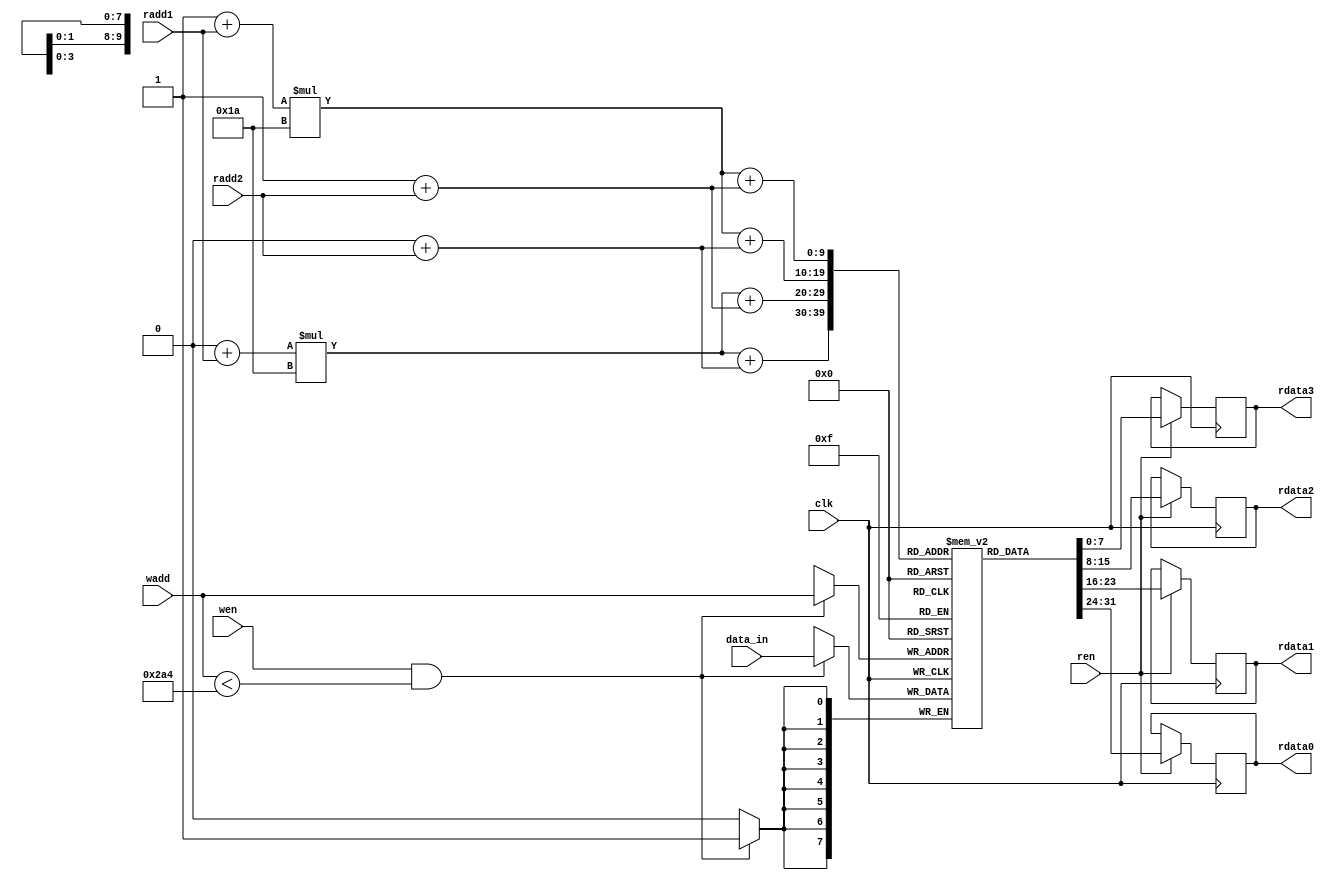
`timescale 1ns / 1ps
//////////////////////////////////////////////////////////////////////////////////
// Company: 
// Engineer: 
// 
// Design Name: 
// Module Name: memory_rstl_conv_3
// Project Name: 
// Target Devices: 
// Tool Versions: 
// Description: 
// 
// Dependencies: 
// 
// Revision:
// Revision 0.01 - File Created
// Additional Comments:
// 
//////////////////////////////////////////////////////////////////////////////////


module memory_rstl_conv_3
#(
    //memory_rstl_conv
    parameter n_c = 5'd26,  //number of column matrix image 
    parameter n_r = 5'd26,  //number of rows matrix image 
    parameter dataWidthImg= 16,
    parameter numWeightRstlConv = 676,
    parameter addressWidthRstlConv = 10, 
    parameter dataWidthRstlConv = 8
)
( 
    input clk,
    input wen,
    input ren,
    input [addressWidthRstlConv-1:0] wadd,
    input [addressWidthRstlConv-1:0] radd1,
    input [addressWidthRstlConv-1:0] radd2,
    input signed [dataWidthRstlConv-1:0] data_in,

    output reg [dataWidthRstlConv-1:0] rdata0,
    output reg [dataWidthRstlConv-1:0] rdata1,
    output reg [dataWidthRstlConv-1:0] rdata2,
    output reg [dataWidthRstlConv-1:0] rdata3 

);
    
    reg [dataWidthRstlConv-1:0] mem_rstl_conv3 [numWeightRstlConv-1:0];

    wire [11-1:0] p_img_0;
    wire [11-1:0] p_img_1;
    wire [11-1:0] p_img_2;
    wire [11-1:0] p_img_3;
    
    assign p_img_0 = (0+radd1)*(n_c) + (0+radd2);
    assign p_img_1 = (0+radd1)*(n_c) + (1+radd2);
    assign p_img_2 = (1+radd1)*(n_c) + (0+radd2);
    assign p_img_3 = (1+radd1)*(n_c) + (1+radd2);     


    always @(posedge clk)
	begin
	   if (wen & (wadd < numWeightRstlConv))
	   begin
	       mem_rstl_conv3[wadd] <= data_in;
	       //$display("conv3, %d",wadd,data_in);
	       //$display("%d",data_in);  

	   end
	end 
    
    always @(posedge clk)
    begin
        if (ren)
        begin
            rdata0 <= mem_rstl_conv3[p_img_0];
            rdata1 <= mem_rstl_conv3[p_img_1];
            rdata2 <= mem_rstl_conv3[p_img_2];
            rdata3 <= mem_rstl_conv3[p_img_3];
        end
    end 
endmodule


//module memory_rstl_conv_3 //test soc
//#(
//    //memory_rstl_conv
//    parameter n_c = 5'd26,  //number of column matrix image 
//    parameter n_r = 5'd26,  //number of rows matrix image 
//    parameter dataWidthImg= 16,
//    parameter numWeightRstlConv = 676,
//    parameter addressWidthRstlConv = 10, 
//    parameter dataWidthRstlConv = 8
//)
//( 
//    input clk,
//    input wen,
//    input ren,
//    input [addressWidthRstlConv-1:0] wadd,
//    input [addressWidthRstlConv-1:0] radd,
//    input signed [dataWidthRstlConv-1:0] data_in,

//    output reg [dataWidthRstlConv-1:0] rdata

//);
    
//    reg [dataWidthRstlConv-1:0] mem_rstl_conv3 [numWeightRstlConv-1:0];



//    always @(posedge clk)
//	begin
//	   if (wen & (wadd < numWeightRstlConv))
//	   begin
//	       mem_rstl_conv3[wadd] <= data_in;
//	       //$display("conv3, %d",wadd,data_in); 
//           $display("%d",data_in);
//	   end
//	end 
    
//    always @(posedge clk)
//    begin
//        if (ren)
//        begin
//            rdata <= mem_rstl_conv3[radd];

//        end
//    end 
//endmodule